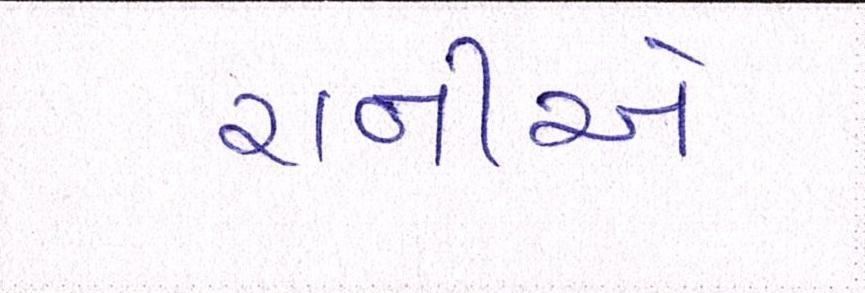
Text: રાનીએ